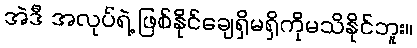
အဲဒီ အလုပ်ရဲ့ ဖြစ်နိုင်ချေရှိမရှိကိုမသိနိုင်ဘူး။